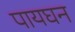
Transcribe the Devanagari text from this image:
पायघन